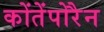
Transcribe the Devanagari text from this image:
कोंतेंपोरैन